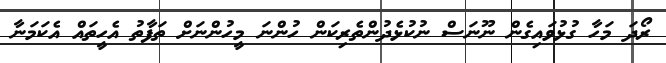
ރޯދަ މަހާ ގުޅުވައިގެން ނޫނަސް ނުކުޅެދުންތެރިކަން ހުންނަ މީހުންނަށް ތަފާތު އެހީތައް އެކަމަނާ